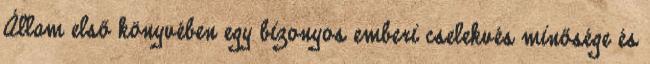
Állam első könyvében egy bizonyos emberi cselekvés minősége és